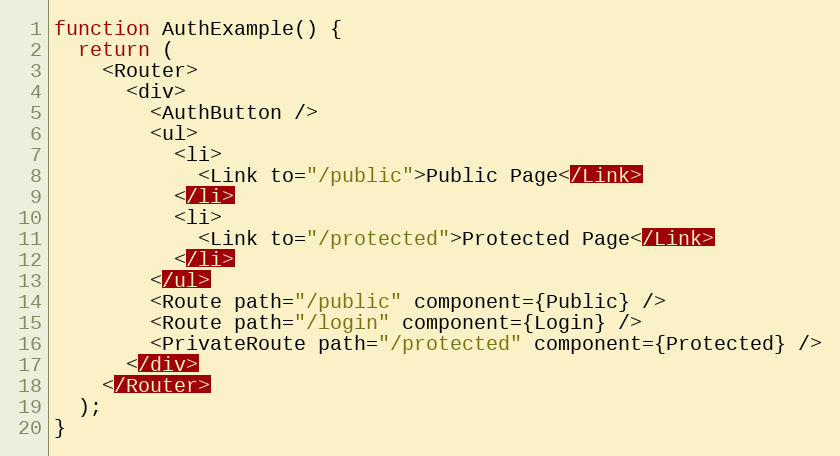
Language: JavaScript
function AuthExample() {
  return (
    <Router>
      <div>
        <AuthButton />
        <ul>
          <li>
            <Link to="/public">Public Page</Link>
          </li>
          <li>
            <Link to="/protected">Protected Page</Link>
          </li>
        </ul>
        <Route path="/public" component={Public} />
        <Route path="/login" component={Login} />
        <PrivateRoute path="/protected" component={Protected} />
      </div>
    </Router>
  );
}